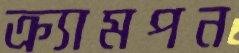
ক্র্যামপন